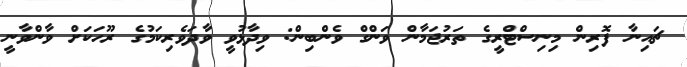
ޗައިނާ ފޮރިން މިނިސްޓްރީގެ ތަރުޖަމާން ވަންގް ވެންބިން: ވިދާޅުވީ ވާދަވެރިކަމުގެ ރޫހަކަށް ވާންވާނީ